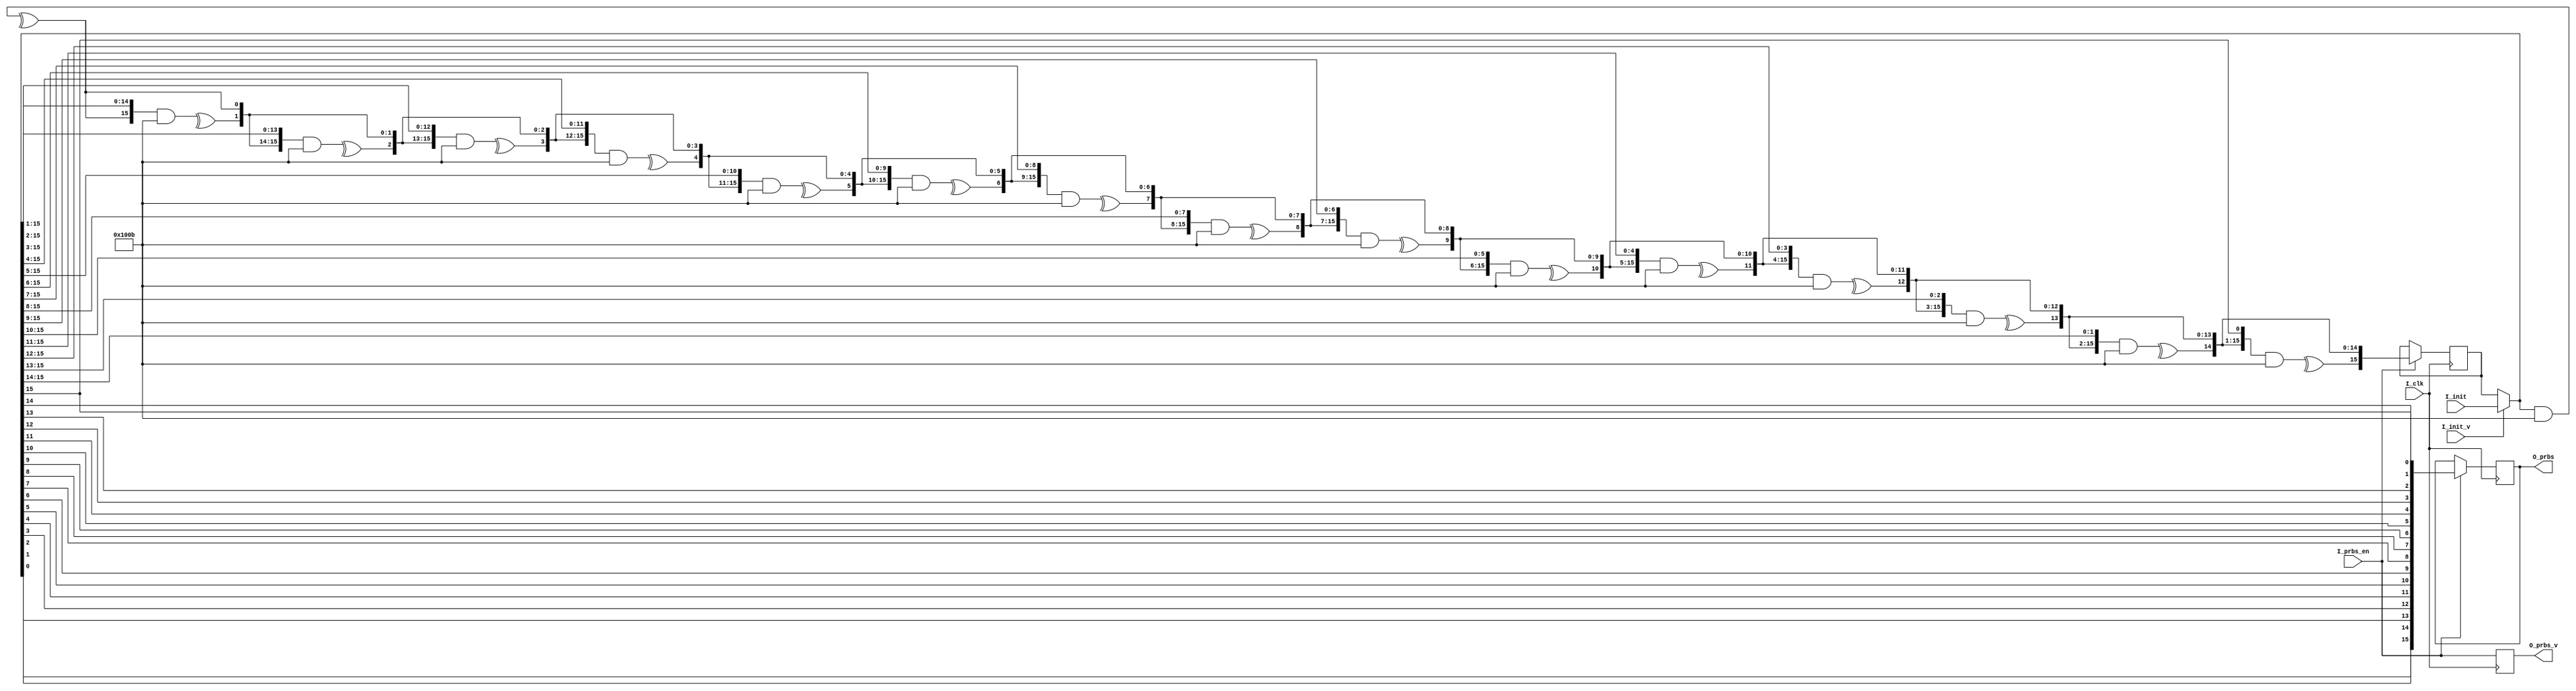
///--------------------------------------------------
///function:PRBS generation
///from:www.ippond.com
///link:http://ippond.com/fpga%E5%85%8D%E8%B4%B9ip/
///record:
///-------new    Aug. 15 2016
///--------------------------------------------------
`timescale 1ns/100ps
module prbs_gen
#(
parameter C_DWIDTH     = 16                       ,
parameter C_PRIMPOLY   = 17'b1_0001_0000_0000_1011,
parameter C_POLY_WIDTH = 16
)
(
input                         I_clk     ,
input      [C_POLY_WIDTH-1:0] I_init    ,
input                         I_init_v  ,
input                         I_prbs_en ,
output reg [C_DWIDTH-1:0]     O_prbs    ,
output reg                    O_prbs_v
);

//-------------generation table----------------
//4:  X^4+X^1+1
//5:  X^5+X^2+1
//6:  X^6+X^1+1
//7:  X^7+X^3+1
//8:  X^8+X^4+X^3+X^2+1
//9:  X^9+X^4+1
//10: X^10+X^3+1
//11: X^11+X^2+1
//12: X^12+X^6+X^4+X^1+1
//13: X^13+X^4+X^3+X^1+1
//14: X^14+X^10+X^6+X^1+1
//15: X^15+X^1+1
//16: X^16+X^12+X^3+X^1+1
//----------------------------------------------
reg [C_POLY_WIDTH-1:0] S_prbs_reg;
wire [C_POLY_WIDTH-1:0] S_reg_sel;

assign S_reg_sel = I_init_v ? I_init : S_prbs_reg;

always @(posedge I_clk)
begin
    if(I_prbs_en)
    begin
        S_prbs_reg <= F_prbs_reg(S_reg_sel);
        O_prbs <= F_prbs_output(S_reg_sel);
    end
    O_prbs_v <= I_prbs_en;
end

function [C_DWIDTH-1:0] F_prbs_output;
input [C_POLY_WIDTH-1:0] S_cal_init;
reg [C_POLY_WIDTH-1:0] S_temp;
integer F_i;
begin
    S_temp = S_cal_init;
    for(F_i=0;F_i<C_DWIDTH;F_i=F_i+1)
    begin
        F_prbs_output[C_DWIDTH-1-F_i] = S_temp[0];
        S_temp = {^(S_temp & C_PRIMPOLY[C_POLY_WIDTH-1:0]),S_temp[C_POLY_WIDTH-1:1]};
    end
end
endfunction

function [C_POLY_WIDTH-1:0] F_prbs_reg;
input [C_POLY_WIDTH-1:0] S_cal_init;
integer F_i;
begin
    F_prbs_reg = S_cal_init;
    for(F_i=0;F_i<C_DWIDTH;F_i=F_i+1)
        F_prbs_reg = {^(F_prbs_reg & C_PRIMPOLY[C_POLY_WIDTH-1:0]),F_prbs_reg[C_POLY_WIDTH-1:1]};
end
endfunction

endmodule